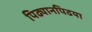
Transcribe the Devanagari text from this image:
पिढ्यानपिढया